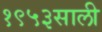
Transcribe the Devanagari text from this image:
१९५३साली